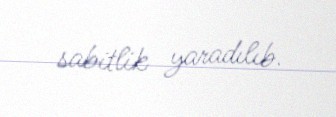
sabitlik yaradılıb.